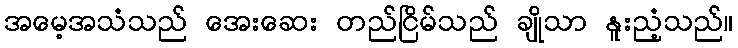
အမေ့အသံသည် အေးဆေး တည်ငြိမ်သည် ချိုသာ နူးညံ့သည်။